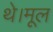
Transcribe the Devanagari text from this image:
थे।मूल